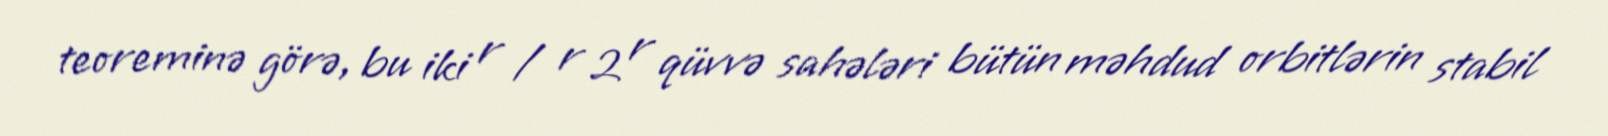
teoreminə görə, bu iki r / r 2 r qüvvə sahələri bütün məhdud orbitlərin stabil